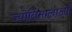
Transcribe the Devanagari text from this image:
ज्योर्तिमालाओं